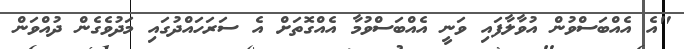
"އެ އެއްބަސްވުން އުވާލާފައި ވަނީ އެއްބަސްވުމާ އެއްގޮތަށް އެ ސަރަހައްދުގައި މަދުވެގެން ދުއްވަން